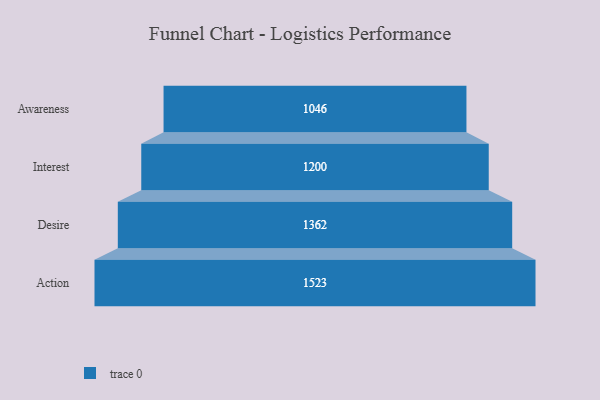
{"axis": {"x": "Stage", "y": "Value"}, "legend": [""], "data": [{"x": "Awareness", "y": 1046.0, "type": ""}, {"x": "Interest", "y": 1200.0, "type": ""}, {"x": "Desire", "y": 1362.0, "type": ""}, {"x": "Action", "y": 1523.0, "type": ""}]}